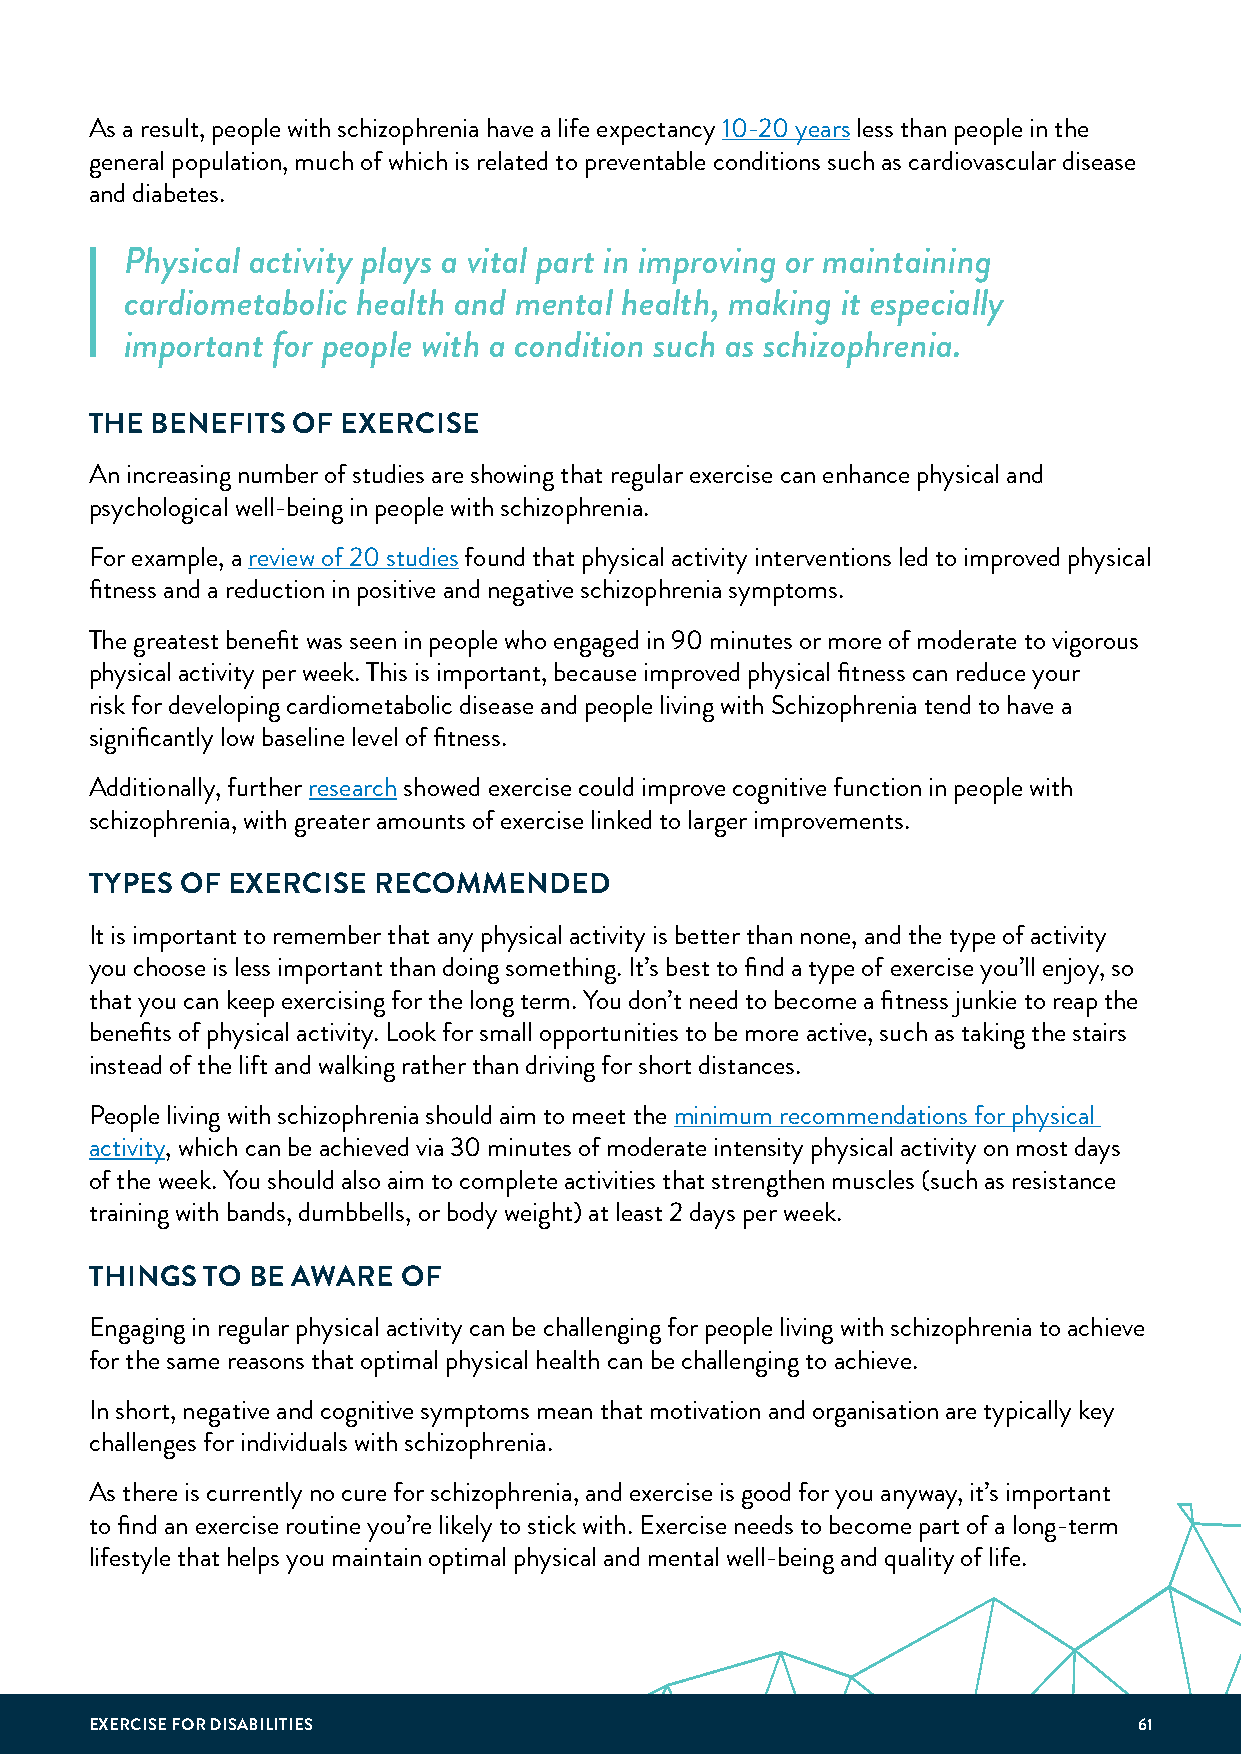
As a result, people with schizophrenia have a life expectancy 10-20 years less than people in the
 general population, much of which is related to preventable conditions such as cardiovascular disease
 and diabetes.
 Physical activity plays a vital part in improving or maintaining
 cardiometabolic health and mental health, making it especially
 important for people with a condition such as schizophrenia.
 THE BENEFITS OF  EXERCISE
 An increasing number of studies are showing that regular exercise can enhance physical and
 psychological well-being in people with schizophrenia.
 For example, a review of 20 studies found that physical activity interventions led to improved physical
 fitness and a reduction in positive and negative schizophrenia symptoms.
 The greatest benefit was seen in people who engaged in 90 minutes or more of moderate to vigorous
 physical activity per week. This is important, because improved physical fitness can reduce your
 risk for developing cardiometabolic disease and people living with Schizophrenia tend to have a
 significantly low baseline level of fitness.
 Additionally, further research showed exercise could improve cognitive function in people with
 schizophrenia, with greater amounts of exercise linked to larger improvements.
 TYPES OF EXERCISE  RECOMMENDED
 It is important to remember that any physical activity is better than none, and the type of activity
 you choose is less important than doing something. It’s best to find a type of exercise you’ll enjoy, so
 that you can keep exercising for the long term. You don’t need to become a fitness junkie to reap the
 benefits of physical activity. Look for small opportunities to be more active, such as taking the stairs
 instead of the lift and walking rather than driving for short distances.
 People living with schizophrenia should aim to meet the minimum recommendations for physical
 activity, which can be achieved via 30 minutes of moderate intensity physical activity on most days
 of the week. You should also aim to complete activities that strengthen muscles (such as resistance
 training with bands, dumbbells, or body weight) at least 2 days per week.
 THINGS  TO BE AWARE  OF
 Engaging in regular physical activity can be challenging for people living with schizophrenia to achieve
 for the same reasons that optimal physical health can be challenging to achieve.
 In short, negative and cognitive symptoms mean that motivation and organisation are typically key
 challenges for individuals with schizophrenia.
 As there is currently no cure for schizophrenia, and exercise is good for you anyway, it’s important
 to find an exercise routine you’re likely to stick with. Exercise needs to become part of a long-term
 lifestyle that helps you maintain optimal physical and mental well-being and quality of life.
 EXERCISE FOR DISABILITIES                                            61